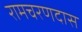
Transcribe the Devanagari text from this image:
रामचरणदास